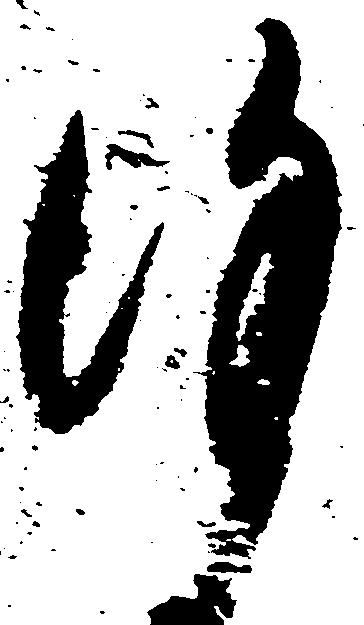
謹